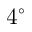
4 ^ { \circ }